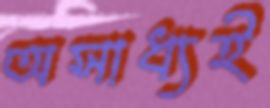
অসাধ্যই